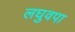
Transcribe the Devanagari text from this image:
लघुवपा